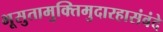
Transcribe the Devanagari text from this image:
भूसुतामुक्तिमुदारहासंवंदे